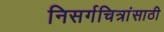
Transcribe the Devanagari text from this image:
निसर्गचित्रांसाठी